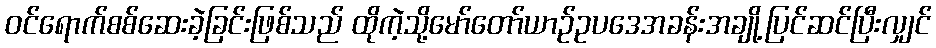
ဝင်ရောက်စစ်ဆေးခဲ့ခြင်းဖြစ်သည် ထိုကဲ့သို့မော်တော်ယာဉ်ဥပဒေအခန်းအချို့ပြင်ဆင်ပြီးလျှင်